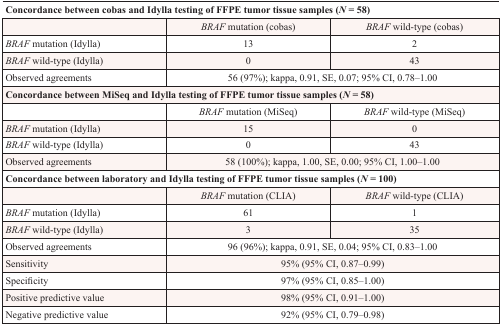
<table><thead><tr><td colspan="3"><b>Concordance between cobas and Idylla testing of FFPE tumor tissue samples (<i>N</i> = 58)</b></td></tr></thead><tbody><tr><td></td><td><i>BRAF</i> mutation (cobas)</td><td><i>BRAF</i> wild-type (cobas)</td></tr><tr><td><i>BRAF</i> mutation (Idylla)</td><td>13</td><td>2</td></tr><tr><td><i>BRAF</i> wild-type (Idylla)</td><td>0</td><td>43</td></tr><tr><td>Observed agreements</td><td colspan="2">56 (97%); kappa, 0.91, SE, 0.07; 95% CI, 0.78–1.00</td></tr><tr><td colspan="3"><b>Concordance between MiSeq and Idylla testing of FFPE tumor tissue samples (<i>N</i> = 58)</b></td></tr><tr><td></td><td><i>BRAF</i> mutation (MiSeq)</td><td><i>BRAF</i> wild-type (MiSeq)</td></tr><tr><td><i>BRAF</i> mutation (Idylla)</td><td>15</td><td>0</td></tr><tr><td><i>BRAF</i> wild-type (Idylla)</td><td>0</td><td>43</td></tr><tr><td>Observed agreements</td><td colspan="2">58 (100%); kappa, 1.00, SE, 0.00; 95% CI, 1.00–1.00</td></tr><tr><td colspan="3"><b>Concordance between laboratory and Idylla testing of FFPE tumor tissue samples (<i>N</i> = 100)</b></td></tr><tr><td></td><td><i>BRAF</i> mutation (CLIA)</td><td><i>BRAF</i> wild-type (CLIA)</td></tr><tr><td><i>BRAF</i> mutation (Idylla)</td><td>61</td><td>1</td></tr><tr><td><i>BRAF</i> wild-type (Idylla)</td><td>3</td><td>35</td></tr><tr><td>Observed agreements</td><td colspan="2">96 (96%); kappa, 0.91, SE, 0.04; 95% CI, 0.83–1.00</td></tr><tr><td>Sensitivity</td><td colspan="2">95% (95% CI, 0.87–0.99)</td></tr><tr><td>Specificity</td><td colspan="2">97% (95% CI, 0.85–1.00)</td></tr><tr><td>Positive predictive value</td><td colspan="2">98% (95% CI, 0.91–1.00)</td></tr><tr><td>Negative predictive value</td><td colspan="2">92% (95% CI, 0.79–0.98)</td></tr></tbody></table>